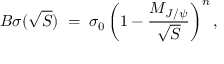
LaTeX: B \sigma ( \sqrt S ) \; = \; \sigma _ { 0 } \left( 1 - { \frac { M _ { J / \psi } } { \sqrt S } } \right) ^ { n } ,